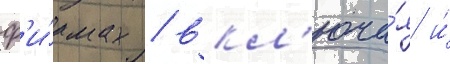
ф'и́рмах / вкл'юча́я и́